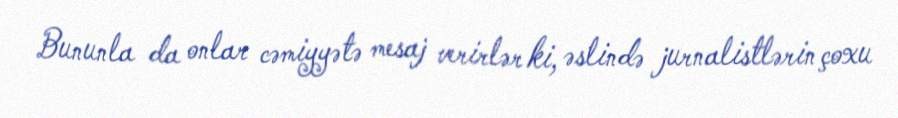
Bununla da onlar cəmiyyətə mesaj verirlər ki, əslində jurnalistlərin çoxu